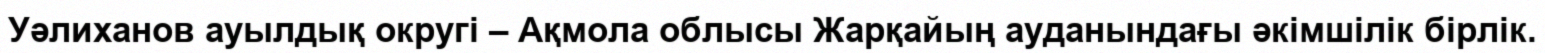
Уәлиханов ауылдық округі – Ақмола облысы Жарқайың ауданындағы әкімшілік бірлік.